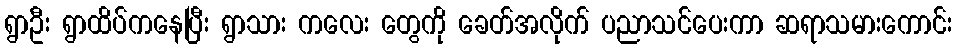
ရွာဦး ရွာထိပ်ကနေပြီး ရွာသား ကလေး တွေကို ခေတ်အလိုက် ပညာသင်ပေးကာ ဆရာသမားကောင်း